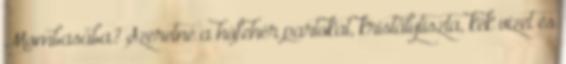
Mombasába? Szeretné a hófehér partokat, kristálytiszta, kék vizet és